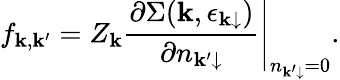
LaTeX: f_{\mathbf k,\mathbf k^{\prime}}=Z_{\mathbf k}\left.\frac{\partial\Sigma(\mathbf k,{\epsilon_{\mathbf k\downarrow}})}{\partial n_{\mathbf k^{\prime}\downarrow}}\right\vert_{n_{\mathbf k^{\prime}\downarrow}=0}.